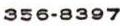
356-8397